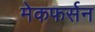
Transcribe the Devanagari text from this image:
मेकफर्सन